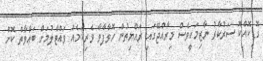
ގޮޑިކޮއްކޮ ސަރުކާރު ނާޒިމަކީވެސް މިރާއްޖޭގައި ރައްޔިތުން ހޮވާފާވާ ވެރިކަމެއް ވައްޓާލުމަށް ބަޢާވާތް ކޮށް